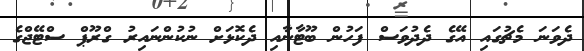
ދެވަނަ މެޗުގައި އޭގެ ދެދުވަސް ފަހުން ބޫޓާނާއި ދެކޮޅަށް ނުކުންނައިރު ގްރޫޕް ސްޓޭޖްގެ